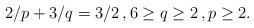
LaTeX: \begin{align*}2/p+3/q= 3/2\, , 6\ge q\ge 2\, , p\ge 2. \end{align*}